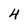
Character: 4